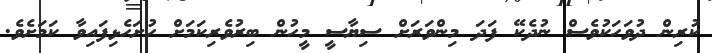
ކުރިން ދުވަހަކުވެސް ނުދެކޭ ފަދަ މިންވަރަށް ސިޔާސީ މީހުން ބިރުވެރިކަމަށް ހުށަހެޅިފައިވާ ކަމަށެވެ.